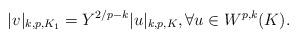
LaTeX: \begin{align*} |v|_{k,p,K_1} = Y^{2/p-k}|u|_{k,p,K}, \forall u \in W^{p,k}(K).\end{align*}